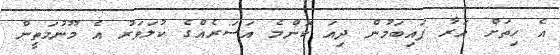
އެ ހިތަށް އަރާ ފައިބަމުން ދިއަ ކޮންމެ އަސަރެއްގެ ކުލަވަރު އެ މޫނުމަތީން